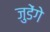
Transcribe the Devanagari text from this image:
जुडेंगे